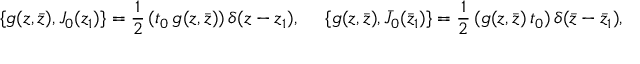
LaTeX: \{ g ( z , \bar { z } ) , J _ { 0 } ( z _ { 1 } ) \} = \frac { 1 } { 2 } \, ( t _ { 0 } \, g ( z , \bar { z } ) ) \, \delta ( z - z _ { 1 } ) , ~ ~ ~ ~ \{ g ( z , \bar { z } ) , \bar { J } _ { 0 } ( \bar { z } _ { 1 } ) \} = \frac { 1 } { 2 } \, ( g ( z , \bar { z } ) \, t _ { 0 } ) \, \delta ( \bar { z } - \bar { z } _ { 1 } ) ,